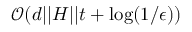
\mathcal { O } ( d \vert \vert H \vert \vert t + \log ( 1 / \epsilon ) )